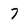
Character: 7